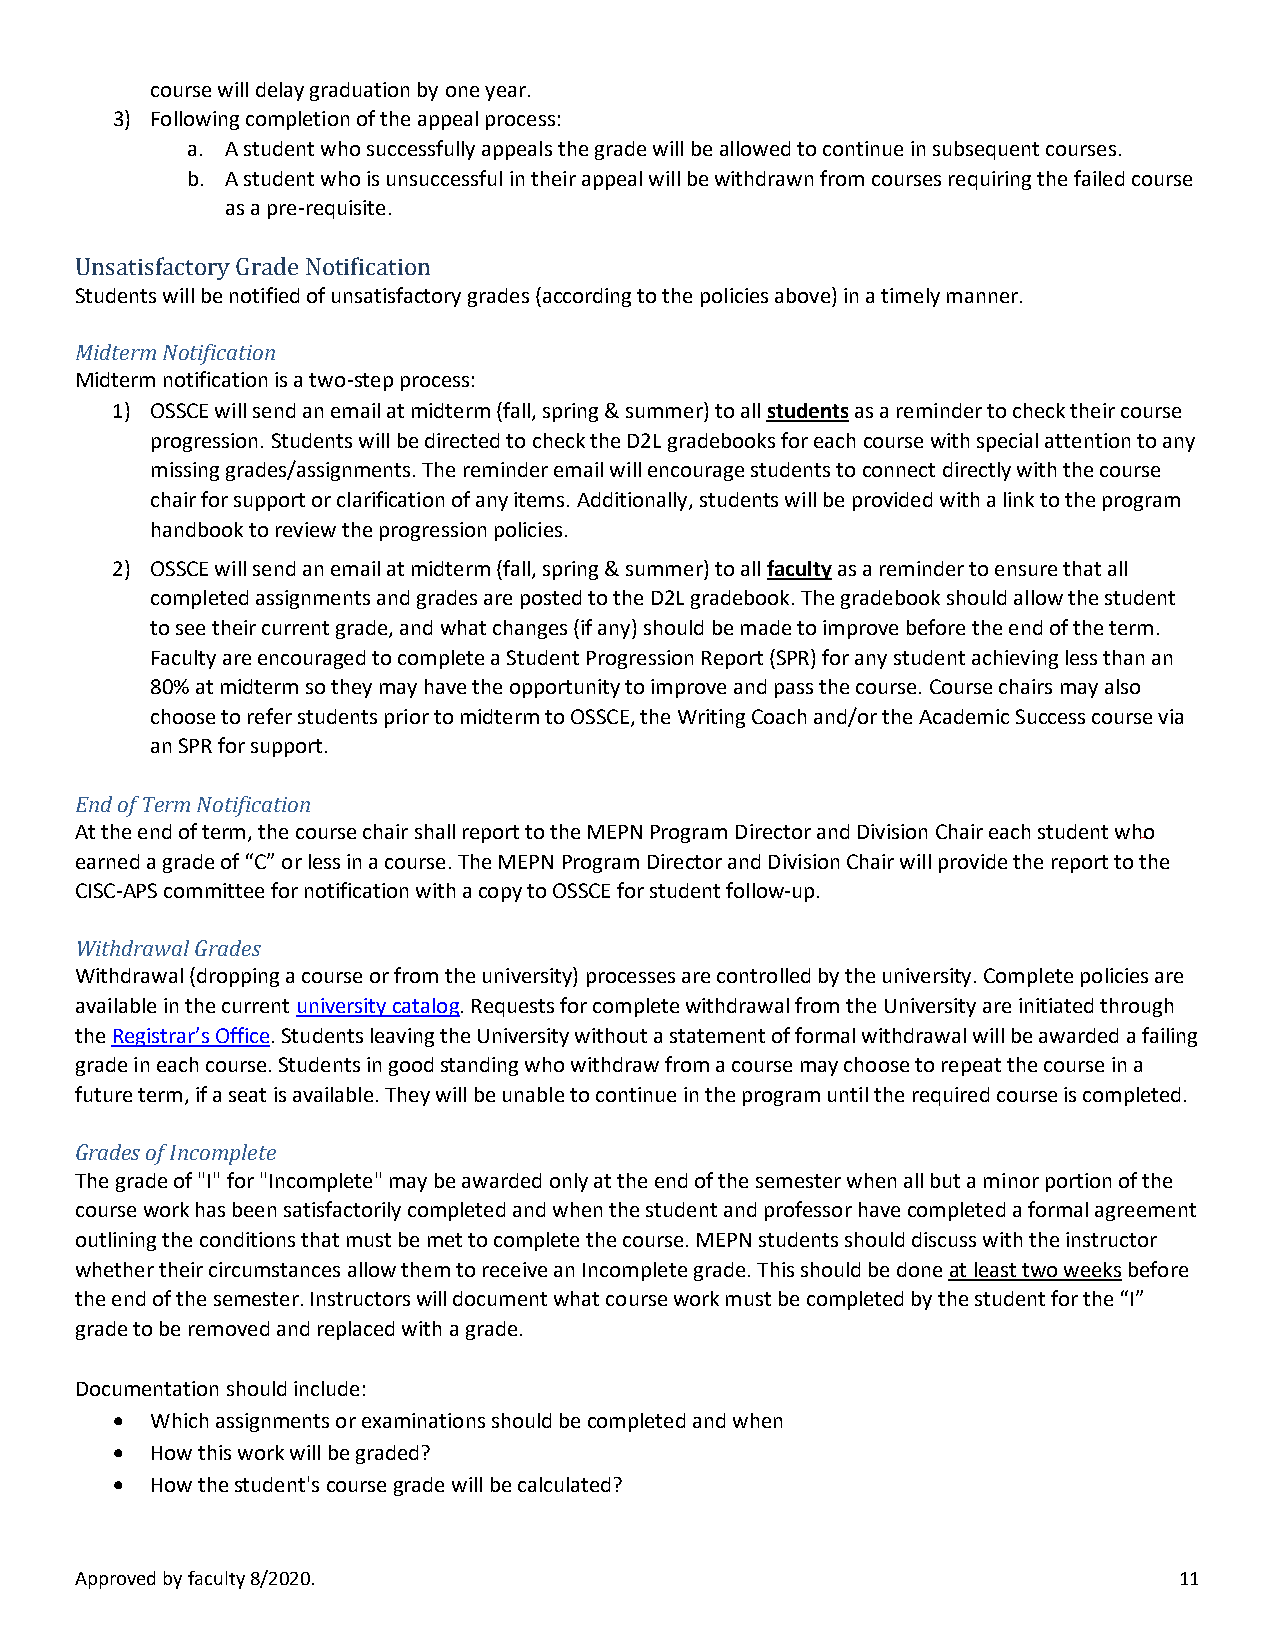
course will delay graduation by one year.
 3) Following completion of the appeal process:
 a. A student who successfully appeals the grade will be allowed to continue in subsequent courses.
 b. A student who is unsuccessful in their appeal will be withdrawn from courses requiring the failed course
 as a pre-requisite.
 Students will be notified of unsatisfactory grades (according to the policies above) in a timely manner.
 U nsatisfactory Grade Notification
 Midterm Notification
 Midterm notification is a two-step process:
 1) OSSCE will send an email at midterm (fall, spring & summer) to all students as a reminder to check their course
 progression. Students will be directed to check the D2L gradebooks for each course with special attention to any
 missing grades/assignments. The reminder email will encourage students to connect directly with the course
 chair for support or clarification of any items. Additionally, students will be provided with a link to the program
 handbook to review the progression policies.
 2) OSSCE will send an email at midterm (fall, spring & summer) to all faculty as a reminder to ensure that all
 completed assignments and grades are posted to the D2L gradebook. The gradebook should allow the student
 to see their current grade, and what changes (if any) should be made to improve before the end of the term.
 Faculty are encouraged to complete a Student Progression Report (SPR) for any student achieving less than an
 80% at midterm so they may have the opportunity to improve and pass the course. Course chairs may also
 choose to refer students prior to midterm to OSSCE, the Writing Coach and/or the Academic Success course via
 an SPR for support.
 End of Term Notification
 At the end of term, the course chair shall report to the MEPN Program Director and Division Chair each student who
 earned a grade of “C” or less in a course. The MEPN Program Director and Division Chair will provide the report to the
 CISC-APS committee for notification with a copy to OSSCE for student follow-up.
 Withdrawal Grades
 Withdrawal (dropping a course or from the university) processes are controlled by the university. Complete policies are
 available in the current university catalog. Requests for complete withdrawal from the University are initiated through
 the Registrar’s Office. Students leaving the University without a statement of formal withdrawal will be awarded a failing
 grade in each course. Students in good standing who withdraw from a course may choose to repeat the course in a
 future term, if a seat is available. They will be unable to continue in the program until the required course is completed.
 Grades of Incomplete
 The grade of "I" for "Incomplete" may be awarded only at the end of the semester when all but a minor portion of the
 course work has been satisfactorily completed and when the student and professor have completed a formal agreement
 outlining the conditions that must be met to complete the course. MEPN students should discuss with the instructor
 whether their circumstances allow them to receive an Incomplete grade. This should be done at least two weeks before
 the end of the semester. Instructors will document what course work must be completed by the student for the “I”
 grade to be removed and replaced with a grade.
 Documentation should include:
 •  Which assignments or examinations should be completed and when
 •  How this work will be graded?
 •  How the student's course grade will be calculated?
 Approved by faculty 8/2020.                                              11